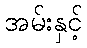
အမ်းနှင့်